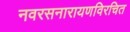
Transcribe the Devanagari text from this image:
नवरसनारायणविरचित